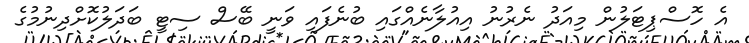
އެ ހޮސްޕިޓަލުން މިއަދު ނެރުނު އިއުލާނެއްގައި ބުނެފައި ވަނީ ބޭސް ސިޓީ ބަދަލުކޮށްދިނުމުގެ